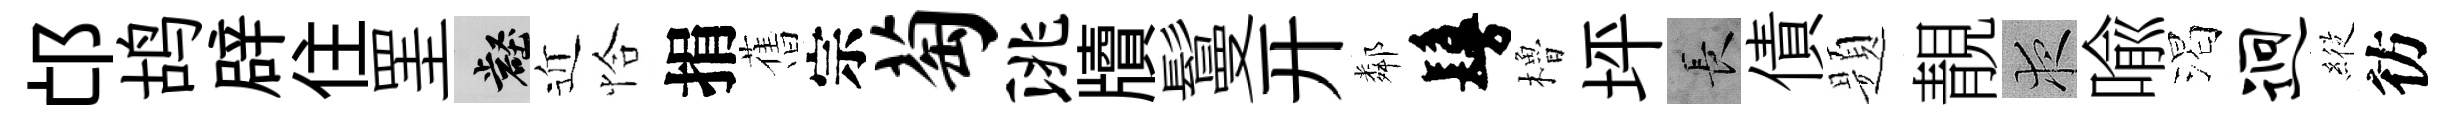
邙鸪辟住罣壑近恰捐𦾔宗萄洮牘鬘开鄰鬘櫓坪长債题靚夜喩渴迥𦂵彷